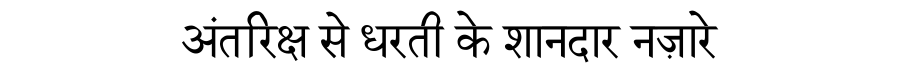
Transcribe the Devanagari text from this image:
अंतरिक्ष से धरती के शानदार नज़ारे